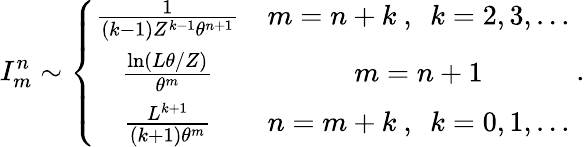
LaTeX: I_{m}^{n}\sim\left\{ \begin{array}{cc}{\frac{1}{(k-1)Z^{k-1}\theta^{n+1}}}&{m=n+k\ ,\ \ k=2,3,\ldots}\\ {\frac{\ln(L\theta/Z)}{\theta^{m}}}&{m=n+1}\\ {\frac{L^{k+1}}{(k+1)\theta^{m}}}&{n=m+k\ ,\ \ k=0,1,\ldots}\end{array}\right.\ .